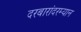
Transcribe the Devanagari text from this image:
दरबारांदरम्यान